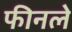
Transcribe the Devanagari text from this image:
फीनले